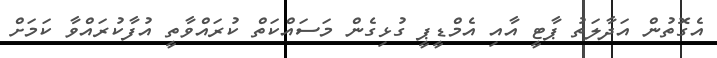
އެގޮތުން އަދާލަތު ޕާޓީ އާއި އެމްޑީޕީ ގުޅިގެން މަސައްކަތް ކުރައްވާތީ އުފާކުރައްވާ ކަމަށް